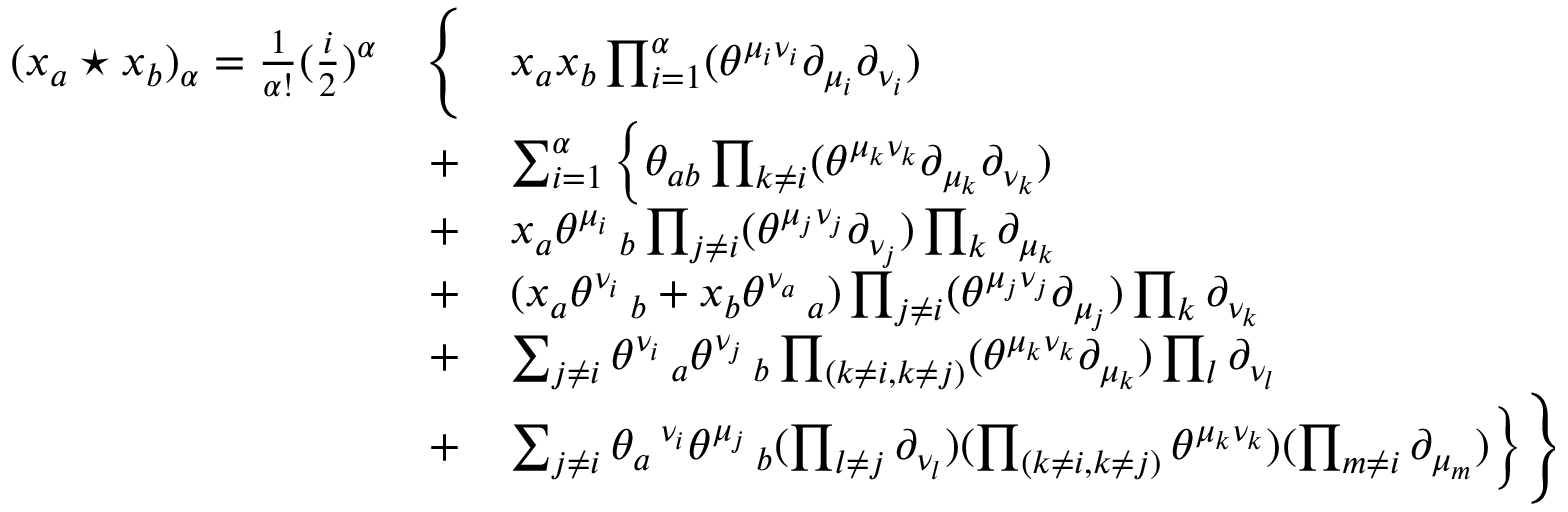
\begin{array} { l c l } { { ( x _ { a } \star x _ { b } ) _ { \alpha } = \frac { 1 } { \alpha ! } ( \frac { i } { 2 } ) ^ { \alpha } } } & { { \Bigg \{ } } & { { x _ { a } x _ { b } \prod _ { i = 1 } ^ { \alpha } ( \theta ^ { \mu _ { i } \nu _ { i } } \partial _ { \mu _ { i } } \partial _ { \nu _ { i } } ) } } \\ { { } } & { { + } } & { { \sum _ { i = 1 } ^ { \alpha } \Big \{ \theta _ { a b } \prod _ { k \ne i } ( \theta ^ { \mu _ { k } \nu _ { k } } \partial _ { \mu _ { k } } \partial _ { \nu _ { k } } ) } } \\ { { } } & { { + } } & { { x _ { a } { \theta ^ { \mu _ { i } } \, _ { b } } \prod _ { j \ne i } ( \theta ^ { \mu _ { j } \nu _ { j } } \partial _ { \nu _ { j } } ) \prod _ { k } \partial _ { \mu _ { k } } } } \\ { { } } & { { + } } & { { ( x _ { a } \theta ^ { \nu _ { i } } \, _ { b } + x _ { b } \theta ^ { \nu _ { a } } \, _ { a } ) \prod _ { j \ne i } ( \theta ^ { \mu _ { j } \nu _ { j } } \partial _ { \mu _ { j } } ) \prod _ { k } \partial _ { \nu _ { k } } } } \\ { { } } & { { + } } & { { \sum _ { j \ne i } \theta ^ { \nu _ { i } } \, _ { a } \theta ^ { \nu _ { j } } \, _ { b } \prod _ { ( k \ne i , k \ne j ) } ( \theta ^ { \mu _ { k } \nu _ { k } } \partial _ { \mu _ { k } } ) \prod _ { l } \partial _ { \nu _ { l } } } } \\ { { } } & { { + } } & { { \sum _ { j \ne i } \theta _ { a } \, ^ { \nu _ { i } } \theta ^ { \mu _ { j } } \, _ { b } ( \prod _ { l \ne j } \partial _ { \nu _ { l } } ) ( \prod _ { ( k \ne i , k \ne j ) } \theta ^ { \mu _ { k } \nu _ { k } } ) ( \prod _ { m \ne i } \partial _ { \mu _ { m } } ) \Big \} \Bigg \} } } \end{array}